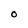
Character: O